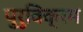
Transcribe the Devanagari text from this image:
पुरुविक्रम